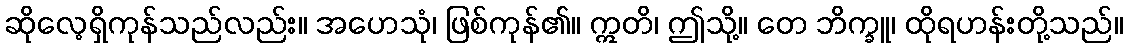
ဆိုလေ့ရှိကုန်သည်လည်း။ အဟေသုံ၊ ဖြစ်ကုန်၏။ ဣတိ၊ ဤသို့။ တေ ဘိက္ခူ၊ ထိုရဟန်းတို့သည်။